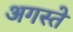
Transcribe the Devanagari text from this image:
अगस्ते